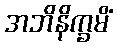
အဘိနိက္ခမိံ